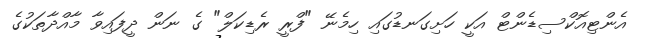
އެންޓިއޮކްސިޑެންޓް އަކީ ހަށިގަނޑުގައި ހިމެނޭ "ފްރީ ރެޑިކަލް" ގެ ނަން ދީފައިވާ މާއްދާތަކުގެ